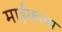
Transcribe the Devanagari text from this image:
माईकल्स